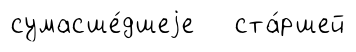
сумасше́дшеjе ста́ршей